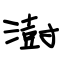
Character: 澍